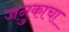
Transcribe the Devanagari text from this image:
जनुकाचा